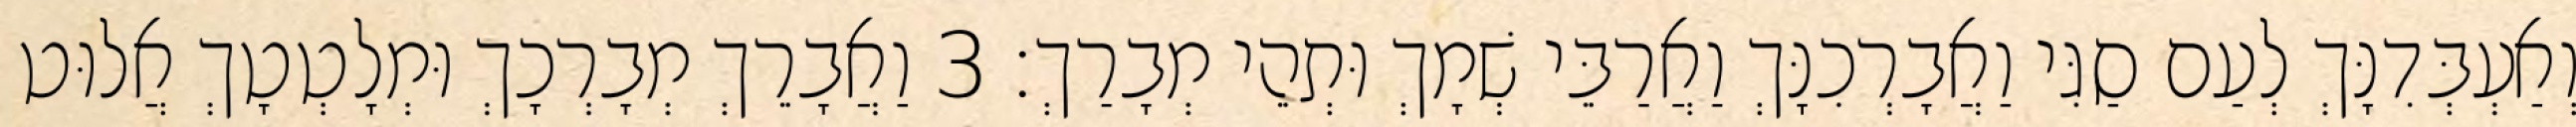
וְאַעְבְּדִנָּךְ לְעַם סַגִּי וַאֲבָרְכִנָּךְ וַאֲרַבֵּי שְׁמָךְ וּתְהֵי מְבָרַךְ׃ 3 וַאֲבָרֵךְ מְבָרְכָךְ וּמְלָטְטָךְ אֲלוּט